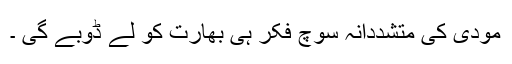
مودی کی متشددانہ سوچ فکر ہی بھارت کو لے ڈوبے گی ۔